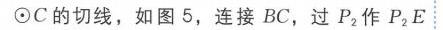
\(\odot C\)的切线，如图 5，连接 \(BC\)，过 \(P_{2}\)作 \(P_{2}E\)